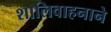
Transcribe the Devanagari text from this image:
शालिवाहनाने